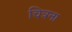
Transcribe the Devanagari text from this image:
चित्रना